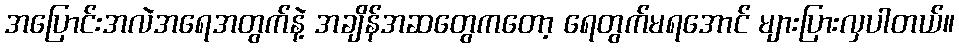
အပြောင်းအလဲအရေအတွက်နဲ့ အချိန်အဆတွေကတော့ ရေတွက်မရအောင် များပြားလှပါတယ်။